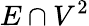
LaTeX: E\cap V^{2}